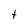
Character: t